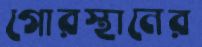
গোরস্থানের